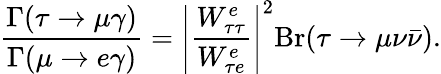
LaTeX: \frac{\Gamma(\tau\rightarrow\mu\gamma)}{\Gamma(\mu\rightarrow e\gamma)}=\left|\frac{W_{\tau\tau}^{e}}{W_{\tau e}^{e}}\right|^{2}\mathrm{Br}(\tau\rightarrow\mu\nu\bar{\nu}).